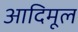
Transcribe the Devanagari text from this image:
आदिमूल